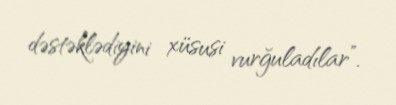
dəstəklədiyini xüsusi vurğuladılar”.